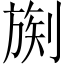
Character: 𪟒